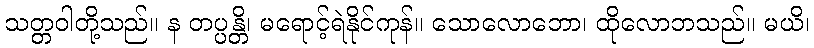
သတ္တဝါတို့သည်။ န တပ္ပန္တိ၊ မရောင့်ရဲနိုင်ကုန်။ သောလောဘော၊ ထိုလောဘသည်။ မယိ၊